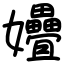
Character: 㜼